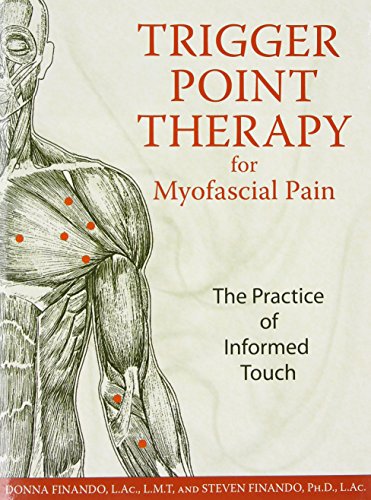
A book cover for Trigger Point Therapy for Myofascial Pain: The Practice of Informed Touch; Donna Finando L.Ac.  L.M.T.; Medical Books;